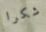
شكرا